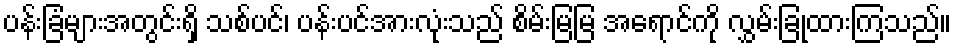
ပန်းခြံများအတွင်းရှိ သစ်ပင်၊ ပန်းပင်အားလုံးသည် စိမ်းမြမြ အရောင်ကို လွှမ်းခြုံထားကြသည်။